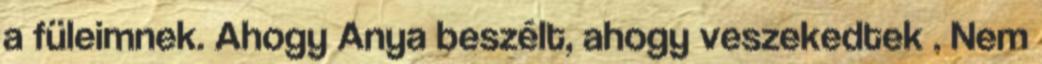
a füleimnek. Ahogy Anya beszélt, ahogy veszekedtek . Nem